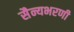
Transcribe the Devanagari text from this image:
सैन्यभरणी